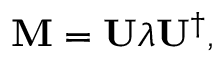
\mathbf { M } = \mathbf { U } \lambda \mathbf { U } ^ { \dagger } ,